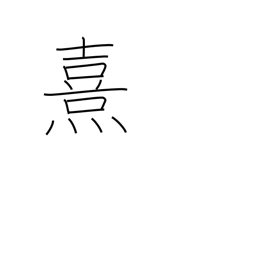
Meaning: faint light